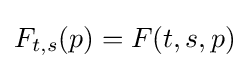
F_{t,s}(p)=F(t,s,p)